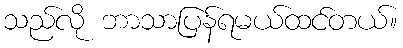
သည်လို ဘာသာပြန်ရမယ်ထင်တယ်။